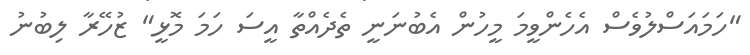
"ހަމައަސްލުވެސް އެހެންވީމަ މީހުން އެބުނަނީ ތެދެއްތާ އީސަ ހަމަ މޮޅީ" ޒުހޭރާ ލިބުނު